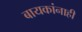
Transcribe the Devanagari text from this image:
बायकांनाही